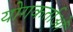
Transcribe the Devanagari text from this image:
योगकर्ताओं